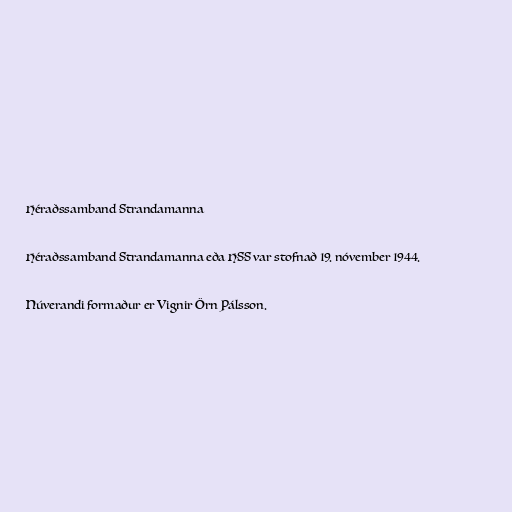
Héraðssamband Strandamanna

Héraðssamband Strandamanna eða HSS var stofnað 19. nóvember 1944.

Núverandi formaður er Vignir Örn Pálsson.